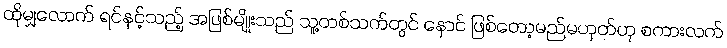
ထိုမျှလောက် ရင်နင့်သည့် အဖြစ်မျိုးသည် သူ့တစ်သက်တွင် နောင် ဖြစ်တော့မည်မဟုတ်ဟု စကားလက်